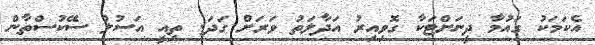
އެކަމަކު ގައުމާ ދީނަށްޓަކާ ގޮވިއިރު އަދާލަތު ވަރަށް ގަދަ. ތިއީ އަސުލު ސޭކުސްތާން